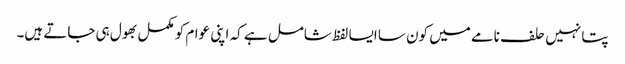
پتا نہیں حلف نامے میں کون سا ایسا لفظ شامل ہے کہ اپنی عوام کو مکمل بھول ہی جاتے ہیں۔